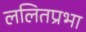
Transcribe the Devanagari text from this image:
ललितप्रभा